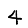
Digit: 4